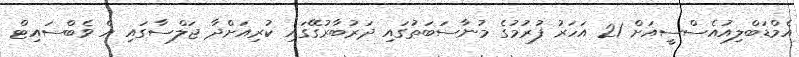
އެމްޑަބްލިއުއެސްސީއަށް 21 އަހަރު ފުރުމުގެ މުނާސަބަތުގައި ދަރުބާރުގޭގައި ކުރިއަށްދާ ޖަލްސާގައި އެ ވެބްސައިޓް